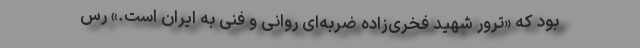
بود که «ترور شهید فخری‌زاده ضربه‌ای روانی و فنی به ایران است.» رس